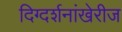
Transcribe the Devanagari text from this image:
दिग्दर्शनांखेरीज